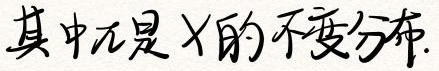
其中$\pi$是$X$的不变分布.